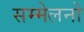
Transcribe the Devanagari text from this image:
सम्मेलनो